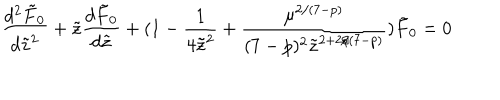
\frac { d ^ { 2 } \tilde { F } _ { 0 } } { d \tilde { z } ^ { 2 } } + \tilde { z } \frac { d \tilde { F } _ { 0 } } { d \tilde { z } } + ( 1 - \frac { 1 } { 4 \tilde { z } ^ { 2 } } + \frac { \mu ^ { 2 / ( 7 - p ) } } { ( 7 - p ) ^ { 2 } \tilde { z } ^ { 2 + 2 / ( 7 - p ) } } ) \tilde { F } _ { 0 } = 0